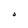
Character: 0